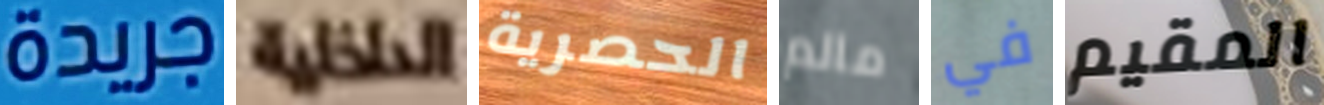
جريدة الداخلية الحصرية مالم في المقيم